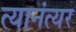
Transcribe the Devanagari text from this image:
त्यानंत्यर